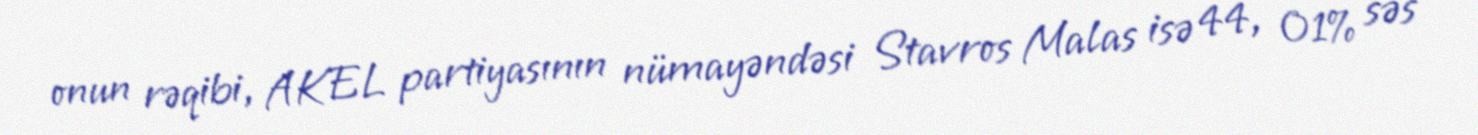
onun rəqibi, AKEL partiyasının nümayəndəsi Stavros Malas isə 44, 01% səs